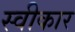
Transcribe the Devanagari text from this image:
स्वीकार